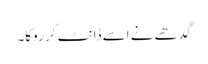
گدھے نے اسے ڈانٹ کر روکا۔